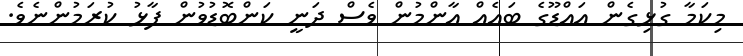
މިކަމާ ގުޅިގެން އައްޑޫގެ ބައެއް އާންމުން ވެސް ދަނީ ކަންބޮޑުވުން ފާޅު ކުރަމުންނެވެ.